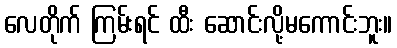
လေတိုက် ကြမ်းရင် ထီး ဆောင်းလို့မကောင်းဘူး။